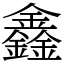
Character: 鑫